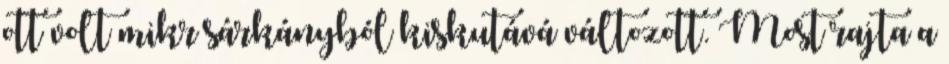
ott volt mikr sárkányból kiskutává változott. Most rajta a